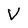
Character: V